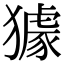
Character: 𤢓